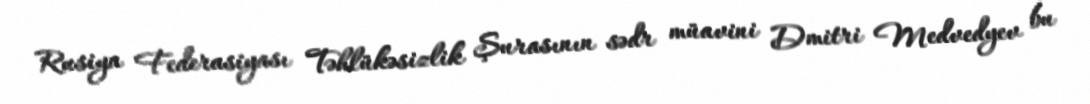
Rusiya Federasiyası Təhlükəsizlik Şurasının sədr müavini Dmitri Medvedyev bu